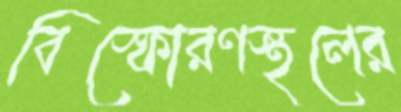
বিস্ফোরণস্থলের